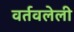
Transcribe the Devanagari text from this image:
वर्तवलेली